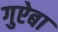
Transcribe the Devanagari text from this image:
गुऐबा